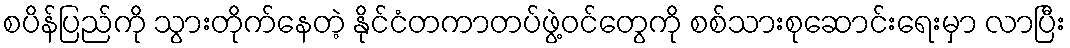
စပိန်ပြည်ကို သွားတိုက်နေတဲ့ နိုင်ငံတကာတပ်ဖွဲ့ဝင်တွေကို စစ်သားစုဆောင်းရေးမှာ လာပြီး